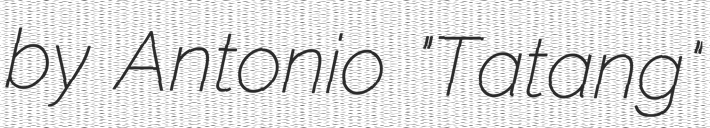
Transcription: by Antonio "Tatang"